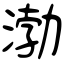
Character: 渤